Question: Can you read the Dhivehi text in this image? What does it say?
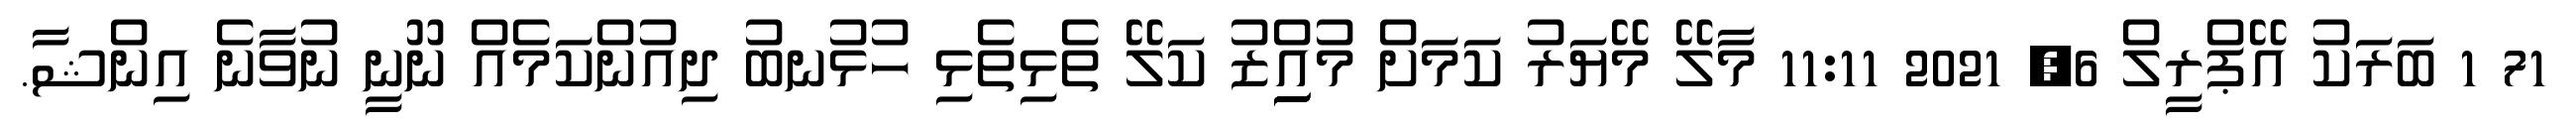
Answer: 71 1 ބަރަކު އޭޕްރީލް 6, 2021 11:11 މާލޭ މޭޔަރު ކަމަށް މުއިިިިިްޒު ކަލޭ ތެޅިތެޅި ހުޅުނބު ދިއުންކަމެއް ނޫނީ ނުވާނެ އިންޝާ.